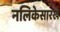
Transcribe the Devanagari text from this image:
नलिकेसारखे